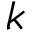
k